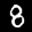
Label: 8